Martna_vallavalitsus, lk 46
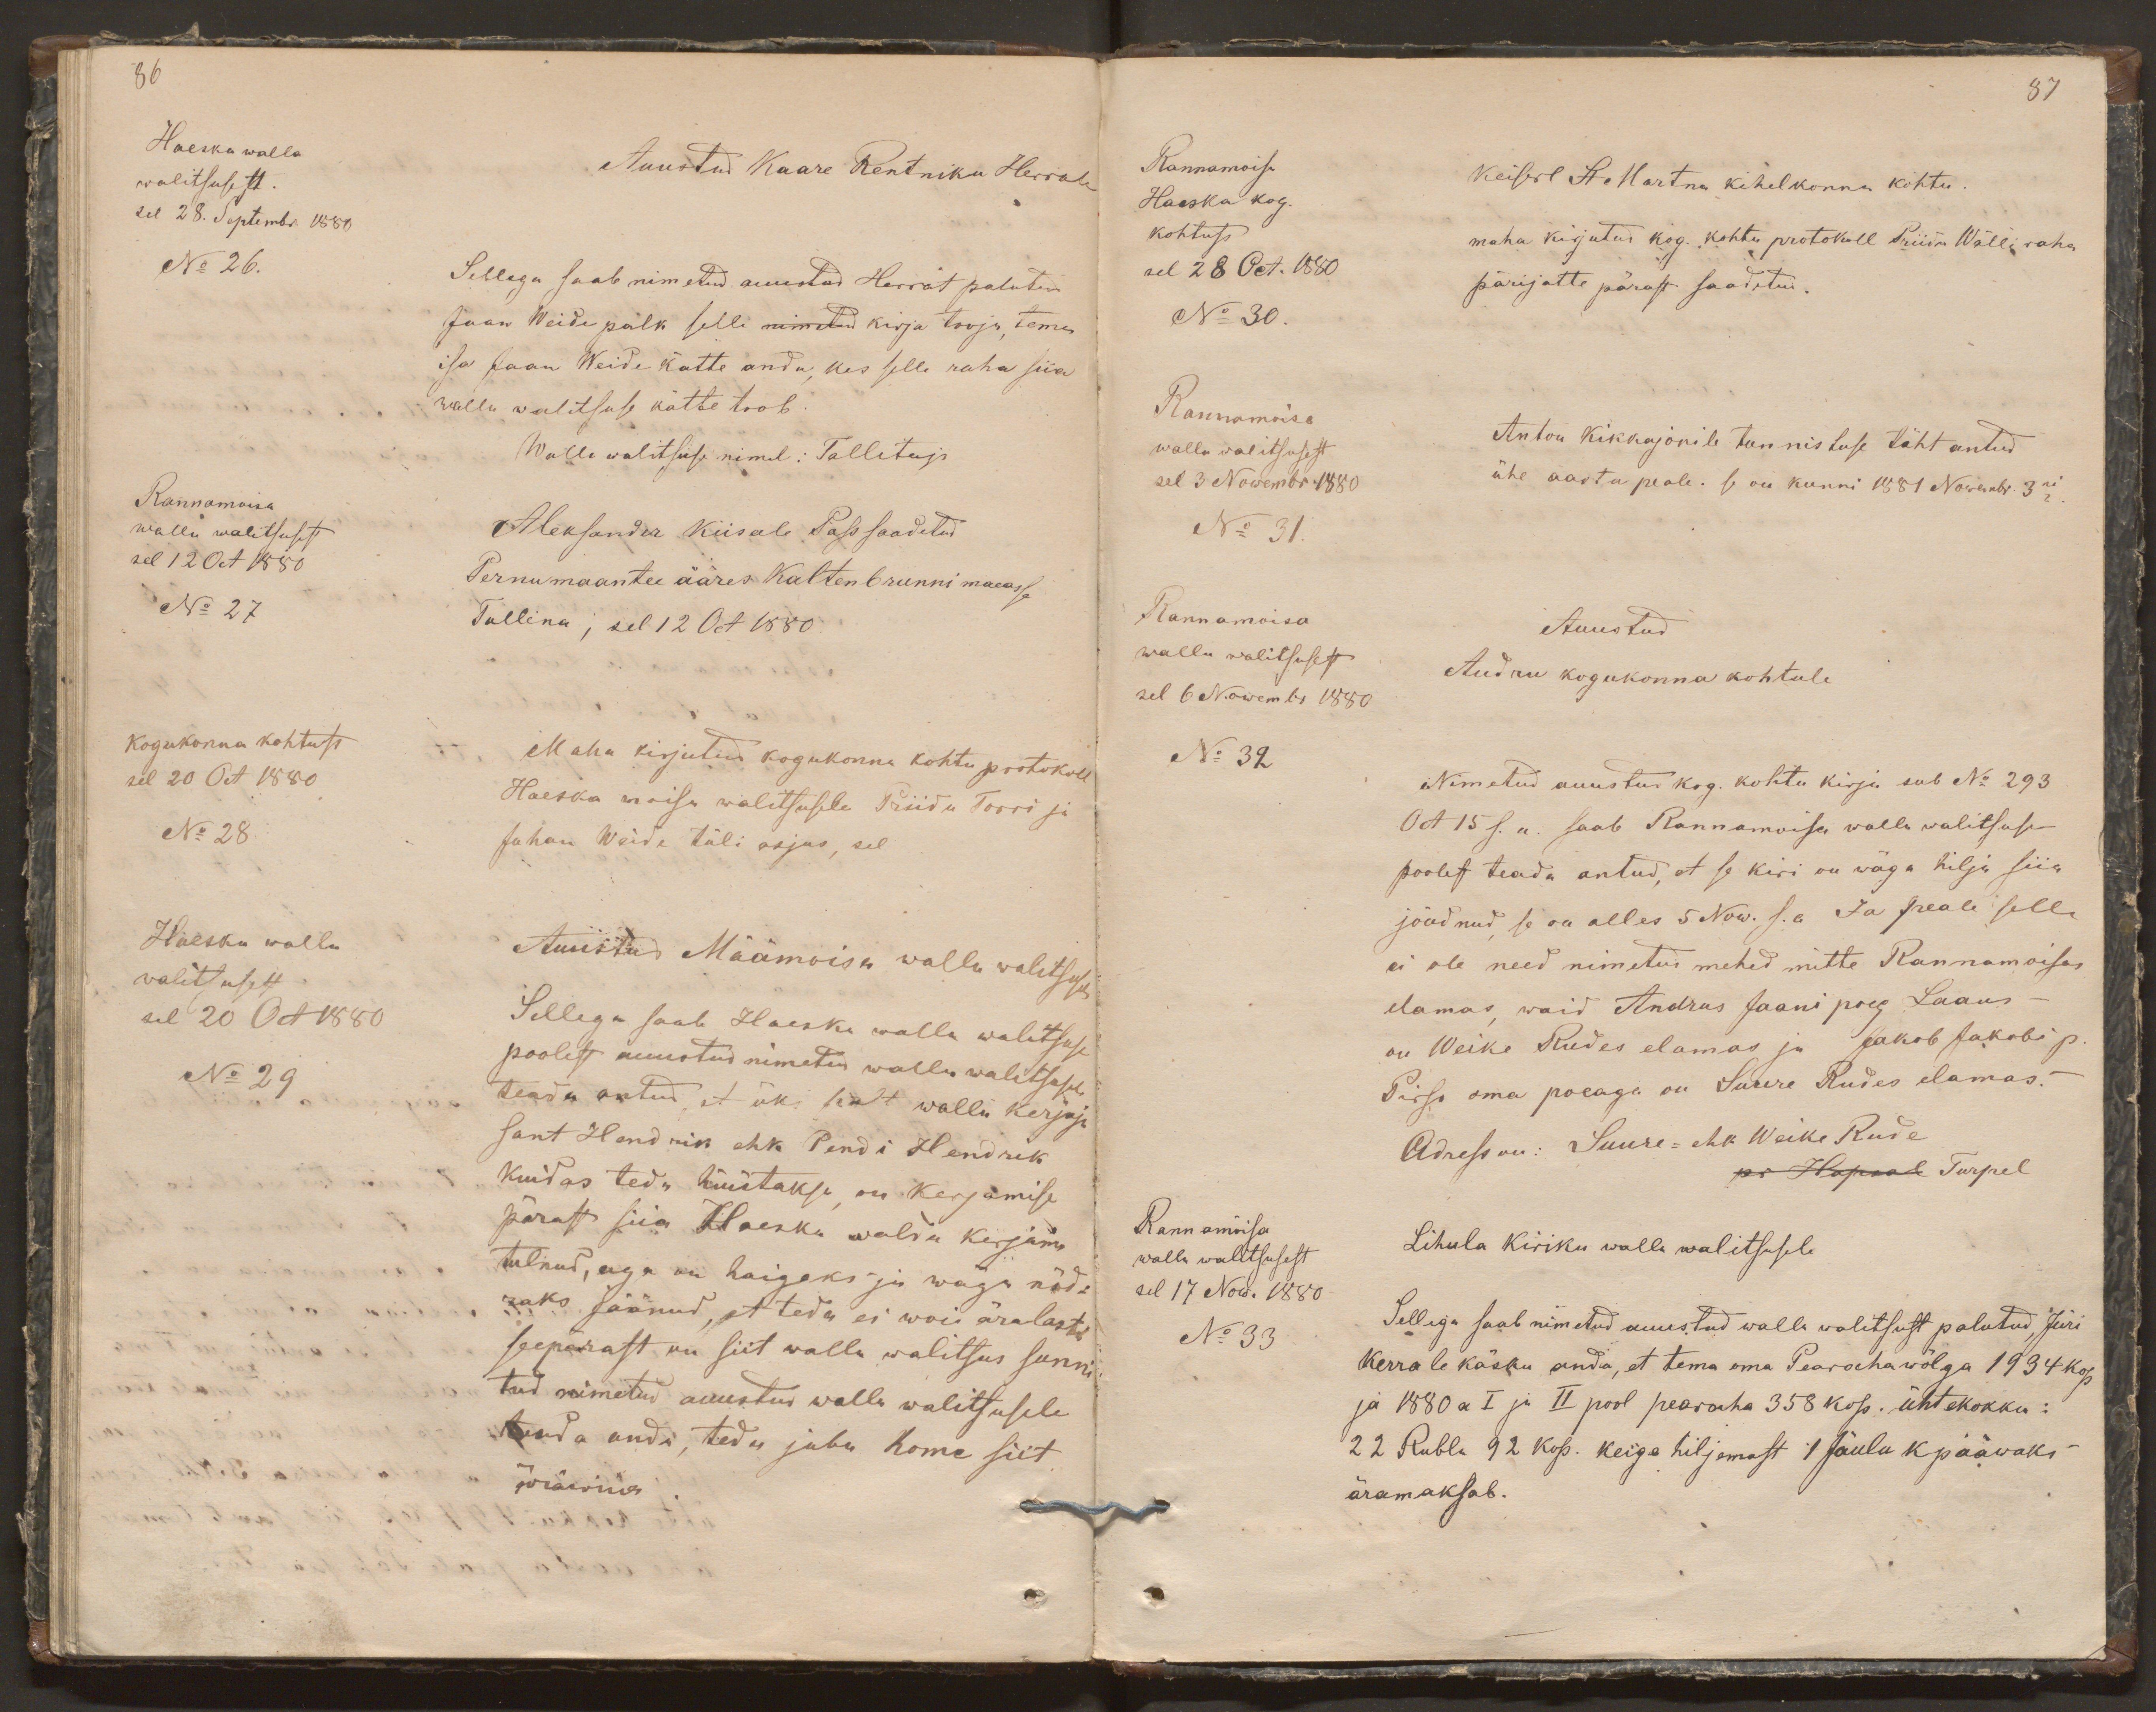
86
Haeska walla
walitsusest.
Auustud Kaare Rentniku Herrale
sel 28. Septembr 1880
No 26.
Sellega saab nimetud auustud Herrat palutud
Jaan Weide palk selle nimetud kirja tooja, tema
isa Jaan Weide kätte anda, kes selle raha siia
walla walitsuse kätte toob.
Walla walitsuse nimel: Tallitaja
Rannamoisa
walla walitsusest
Aleksander Kiisale Pass saadetud
sel 12 Oct 1880
No 27
Pernu maantee ääres Kaltenbrunni maeasse
Tallina, sel 12 Oct 1880.
Kogukonna kohtust
sel 20 Oct 1880
Maha kirjutud kogukonna kohtu protokoll
Haeska moisa walitsusele Priidu Torri ja
No 28.
Juhan Weide tüli asjas, sel
Haeska walla
walitsusest
Auustud Määmoisa walla walitsusele
sel 20 Oct 1880
Sellega saab Haeska walla walitsuse
No 29
poolest auustud nimetud walla walitsusele
teada antud, et üks sealt walla kerjaja
sant Hendrik ehk Pendi Hendrik
kuidas teda hüütakse, on kerjamise
pärast siia Haeska walda kirjama
tulnud, aga on haigeks ja wäga nõd-
raks jäänud, et teda ei woi äralasta
seepärast on siit walla walitsus sunni
tud nimetud auustud walla walitsusele
teada anda, teda juba home siit
äräwiia

87
Rannamoisa
Keiserl St. Martna kihelkonna kohtu
Haeska kog.
kohtust
maha kirjutud kog. kohtu protokoll Priidu Wälli raha
sel 28 Oct. 1880
pärijatte pärast saadetud.
No 30.
Rannamoisa
walla walitsusest
Anton Kikkajonile tunnistuse täht antud
sel 3 Nowembr. 1880
ühe aasta peale. se on kunni 1881 Nowembr. 3ni
No 31.
Rannamoisa
Auustud
walla walitsusest
sel 6 Nowembr 1880
Audru kogukonna kohtule
No 32
Nimetatud auustud kog. kohtu kirja sub No 293
Oct 15 s. a. saab Rannamoisa walla walitsuse
poolest teada antud, et se kiri on wäga hilja siia
jõudnud, se on alles 5 Now. s.a. Ja peale selle
ei ole need nimetud mehed mitte Rannamoisas
elamas, waid Andrus Jaani poeg Laans -
on Weike Rudes elamas ja Jakob Jakobi p.
Pirso oma poeaga on Suure Rudes elamas. -
Adress on: Suure- ehk Weike Rude
pr Hapsal Turpel
Rann amõisa
walla walitsusest
Lihula kiriku walla walitsusele
sel 17 Now. 1880
No 33
Sellega saab nimetud auustud walla walitsust palutud, Jüri
Kerrale käsku anda, et tema oma Pearahawõlga 1934 kop
ja 1880 a I ja II pool pearaha 358 kop. ühtekokku:
22 Rubla 92 kop. keige hiljemast 1 Jõulu kppääwaks
äramaksab.